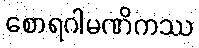
စောရဂါမဏိကဿ